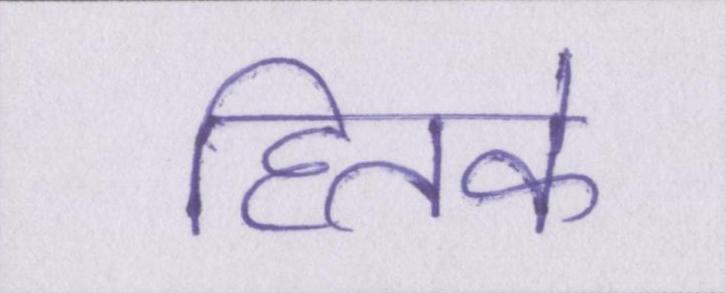
हितके